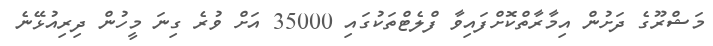
މަޝްރޫގެ ދަށުން އިމާރާތްކޮށްފައިވާ ފްލެޓްތަކުގައި 35000 އަށް ވުރެ ގިނަ މީހުން ދިރިއުޅޭނެ